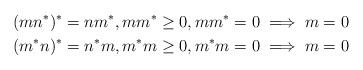
LaTeX: \begin{align*}(mn^*)^*=nm^*,mm^*\geq 0, mm^*=0\implies m=0 \\(m^*n)^*=n^*m,m^*m\geq 0, m^*m=0\implies m=0\end{align*}